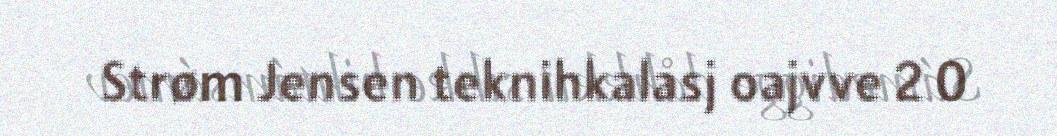
Strøm Jensen teknihkalasj oajvve 2 0